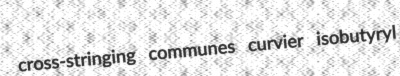
cross-stringing communes curvier isobutyryl